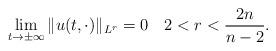
LaTeX: \begin{align*} \lim_{t\to \pm\infty} \|u(t,\cdot)\|_{L^{r}}=0 \quad 2 < r < \frac{2n}{n-2}. \end{align*}